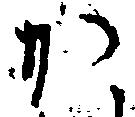
か